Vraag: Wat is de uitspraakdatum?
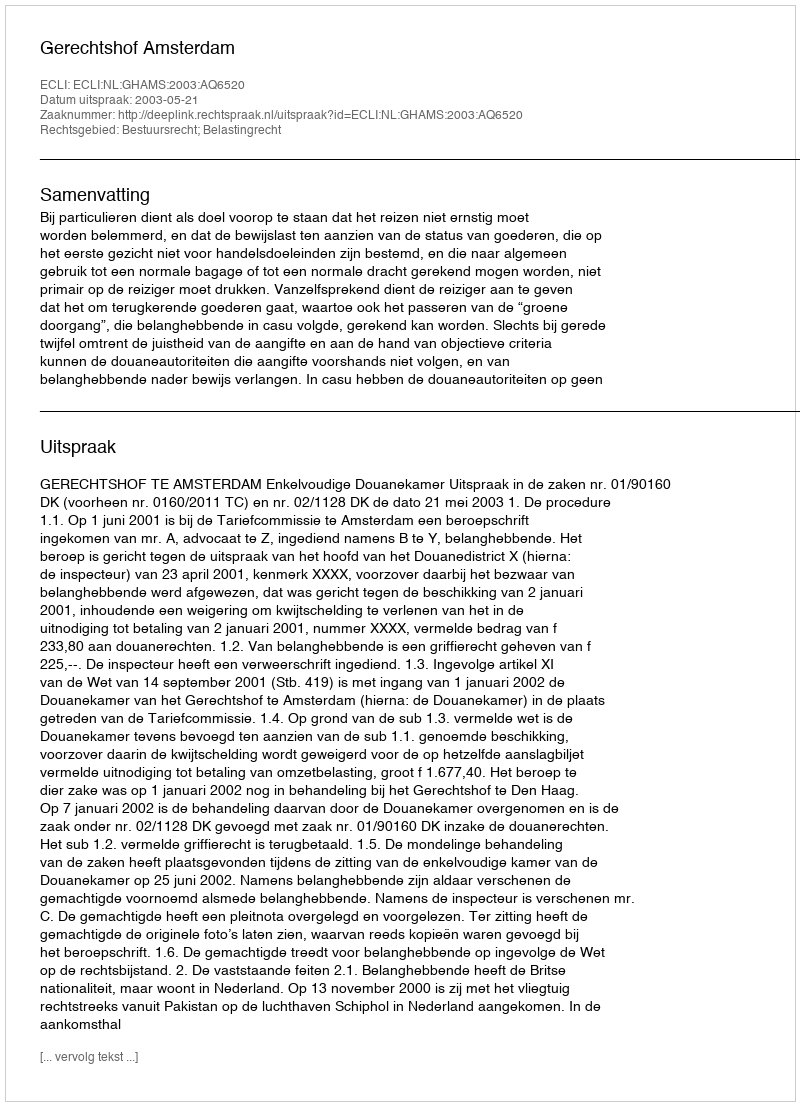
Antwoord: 2003-05-21